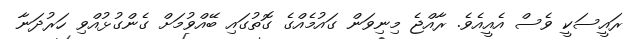
ރައީސަކީ ވެސް އެއީއެވެ. ރާއްޖެ މިނިވަން ގައުމެއްގެ ގޮތުގައި ބޭއްވުމަށް ގެންގުޅުއްވި ހަރުދަނާ